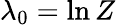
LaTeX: \lambda_{0}=\ln Z